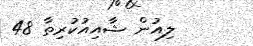
ލިއުން ޝާއިއުކުރިތާ 48